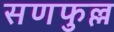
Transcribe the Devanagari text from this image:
सणफुल्ल